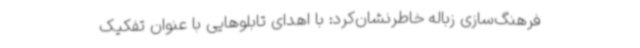
فرهنگ‌سازی زباله خاطرنشان‌کرد: با اهدای تابلوهایی با عنوان تفکیک